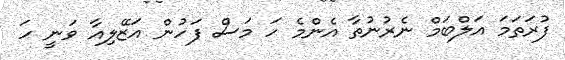
ފުރަތަމަ އަލްބަމް ނެރުނުތާ އެންމެ ހަ މަސް ފަހުން އަޒޭލިއާ ވަނީ ހަ